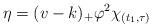
LaTeX: \begin{align*} \eta = (v-k)_+\varphi^2\chi_{(t_1,\tau)}\end{align*}